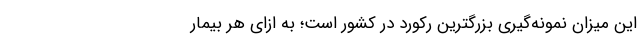
این میزان نمونه‌گیری بزرگترین رکورد در کشور است؛ به ازای هر بیمار